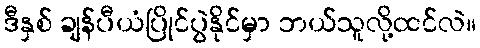
ဒီနှစ် ချန်ပီယံပြိုင်ပွဲနိုင်မှာ ဘယ်သူလို့ထင်လဲ။